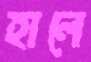
হালে